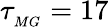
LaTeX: \tau_{_{MG}}=17